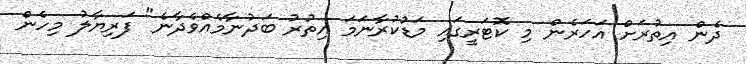
ދެން އިތުރަށް އަހަރެން މި ކޮޓަރީގައި މަޑުކުރާނަމަ އިތުރު ބަދުނާމެއްވެދާނެ" ފަރިޔާލު މިހެން